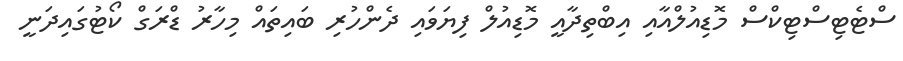
ސްޓެޓިސްޓިކްސް މޮޑިއުލްއާއި އިބްތިދާއީ މޮޑިއުލް ފިޔަވައި ދެންހުރި ބައިތައް މިހާރު ޑްރަގް ކޯޓުގައިދަނީ